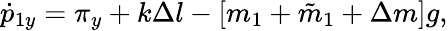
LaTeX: \dot{p}_{1y}=\pi_{y}+k\Delta l-[m_{1}+\tilde{m}_{1}+\Delta m]g,